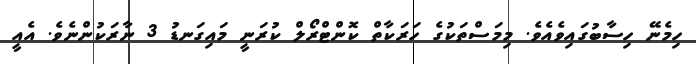
ހިމެނޭ ހިސާބުގައިވެއެވެ. މިމަސްތަކުގެ ހަރަކާތް ކޮންޓްރޯލް ކުރަނީ މައިގަނޑު 3 ނާރަކުންނެވެ. އެއީ